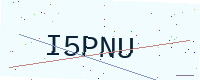
Text: I5PNU